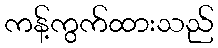
ကန့်ကွက်ထားသည်